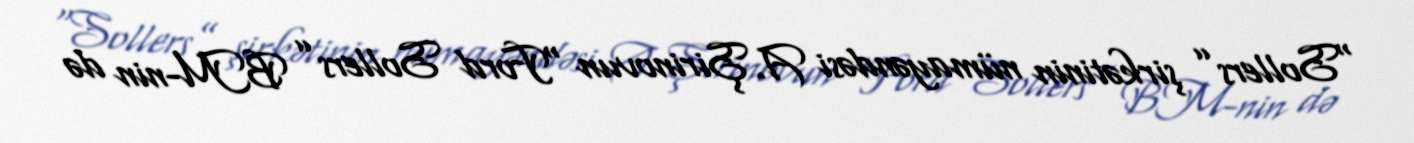
“Sollers” şirkətinin nümayəndəsi A.Şirinovun “Ford Sollers” BM-nin də